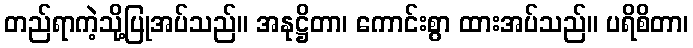
တည်ရာကဲ့သို့ပြုအပ်သည်။ အနုဋ္ဌိတာ၊ ကောင်းစွာ ထားအပ်သည်။ ပရိစိတာ၊